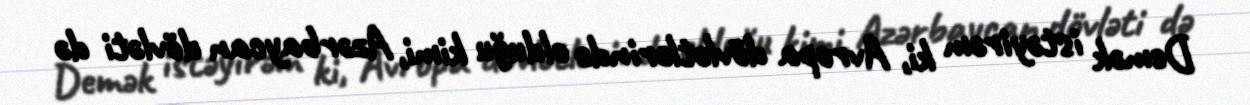
Demək istəyirəm ki, Avropa dövlətlərində olduğu kimi, Azərbaycan dövləti də